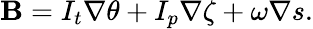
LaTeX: \mathbf{B}=I_{t}\nabla\theta+I_{p}\nabla\zeta+\omega\nabla s.